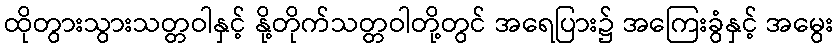
ထိုတွားသွားသတ္တဝါနှင့် နို့တိုက်သတ္တဝါတို့တွင် အရေပြား၌ အကြေးခွံနှင့် အမွေး